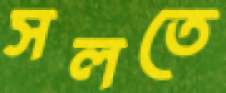
সলতে